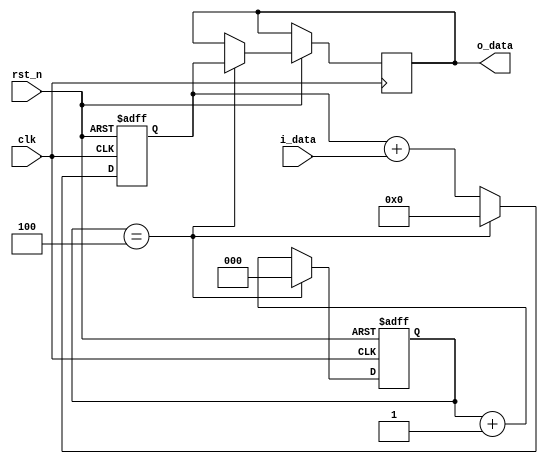
`timescale 1ns / 1ps
//////////////////////////////////////////////////////////////////////////////////
// Company: 
// Engineer: 
// 
// Design Name: 
// Module Name: test
// Project Name: 
// Target Devices: 
// Tool Versions: 
// Description: 
// 
// Dependencies: 
// 
// Revision:
// Revision 0.01 - File Created
// Additional Comments:
// 
//////////////////////////////////////////////////////////////////////////////////


module test(
    input                      clk       ,
    input                      rst_n     ,
    input      [7:0]           i_data    ,
    output reg [9:0]           o_data
    );
    reg [2:0] cnt;
    always@(posedge clk or negedge rst_n) begin
        if(!rst_n)
            cnt <= 2'd0;
        else if (cnt == 3'd4)
            cnt <= 2'd0;
        else
            cnt <= cnt + 2'd1;
    end
    
   reg [9:0] r_tmp_rsult;
    always@(posedge clk or negedge rst_n) begin
        if (!rst_n)begin
            r_tmp_rsult       <=   10'd0;
        end
        else if (cnt == 3'd4)begin
            o_data            <= r_tmp_rsult;
            r_tmp_rsult       <=    10'd0;
        end
        else begin
            r_tmp_rsult       <= r_tmp_rsult + i_data;;
        end  
    end
    
    
endmodule